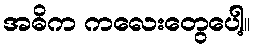
အဓိက ကလေးတွေပေါ့။